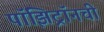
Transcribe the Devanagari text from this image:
पॉझिट्रॉनची